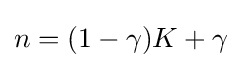
n={(1-\gamma )K+\gamma }